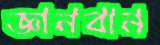
জ্ঞানবান